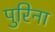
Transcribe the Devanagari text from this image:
पुरिना